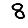
Digit: 8